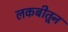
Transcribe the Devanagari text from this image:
लकबीतून